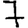
Digit: 7